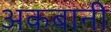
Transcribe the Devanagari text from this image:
अकबानी